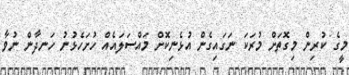
މީގެ ކުރިން މިގޮތަށް މުރަކަ ނަގައިގެން އުޅެނިކޮށް މައްސަލައެއް ހުށަހެޅުނު ހަނދާން ނުވާ